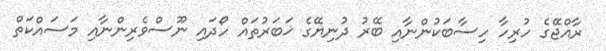
ރާއްޖޭގެ ހުރިހާ ހިސާބަކުންނާއި ބޭރު ދުނިޔޭގެ ޚަބަރުތައް ހޯދައި ނޫސްވެރިންނާއި މަސައްކަތް